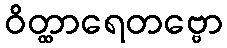
ဝိတ္ထာရေတဗ္ဗော